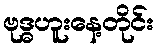
ဗုဒ္ဓဟူးနေ့တိုင်း